Elephants and their diseases
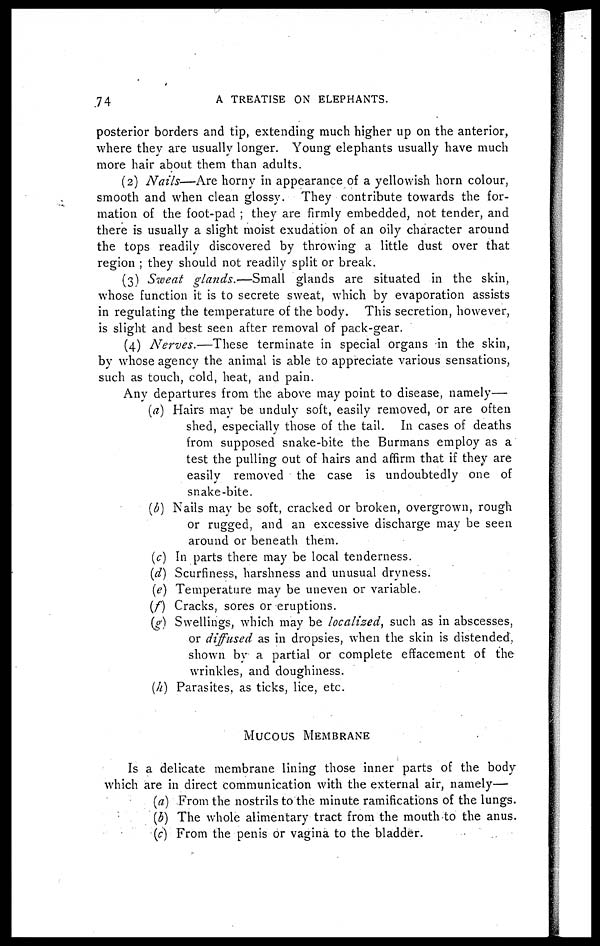
74
A TREATISE ON ELEPHANTS.
posterior borders and tip, extending much higher up on the anterior,
where they are usually longer. Young elephants usually have much
more hair about them than adults.
(2) Nails—Are horny in appearance of a yellowish horn colour,
smooth and when clean glossy. They contribute towards the for¬
mation of the foot-pad ; they are firmly embedded, not tender, and
there is usually a slight moist exudation of an oily character around
the tops readily discovered by throwing a little dust over that
region ; they should not readily split or break.
(3) Sweat glands.—Small
glands are situated in the skin,
whose function it is to secrete sweat, which by evaporation assists
in regulating the temperature of the body. This secretion, however,
is slight and best seen after removal of pack-gear.
(4) Nerves.—These
terminate in special organs in the skin,
by whose agency the animal is able to appreciate various sensations,
such as touch, cold, heat, and pain.
Any departures from the above may point to disease, namely—
(a) Hairs may be unduly soft, easily removed, or are often
shed, especially those of the tail. In cases of deaths
from supposed snake-bite the Burmans employ as a
test the pulling out of hairs and affirm that if they are
easily removed the case is undoubtedly one of
snake-bite.
(b) Nails may be soft, cracked or broken, overgrown, rough
or rugged, and an excessive discharge may be seen
around or beneath them.
(c) In parts there may be local tenderness.
(d) Scurfiness, harshness and unusual dryness.
(e) Temperature may be uneven or variable.
(f) Cracks, sores or eruptions.
(g) Swellings, which may be localized, such as in abscesses,
or diffused as in dropsies, when the skin is distended,
shown by a partial or complete effacement of the
wrinkles, and doughiness.
(h) Parasites, as ticks, lice, etc.
MUCOUS MEMBRANE
Is a delicate membrane lining those inner parts of the body
which are in direct communication with the external air, namely—
(a) From the nostrils to the minute ramifications of the lungs.
(b) The whole alimentary tract from the mouth to the anus.
(c) From the penis or vagina to the bladder.